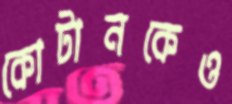
কোটানকেও